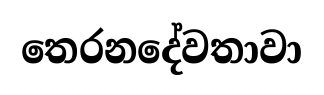
තෙරනදේවතාවා